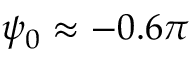
\psi _ { 0 } \approx - 0 . 6 \pi